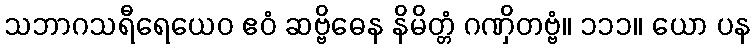
သဘာဂသရီရေယေဝ ဧဝံ ဆဗ္ဗိဓေန နိမိတ္တံ ဂဏှိတဗ္ဗံ။ ၁၁၁။ ယော ပန